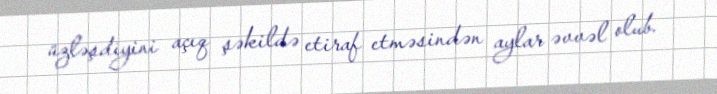
üzləşdiyini açıq şəkildə etiraf etməsindən aylar əvvəl olub.